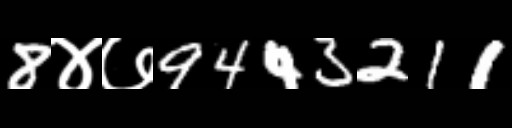
Text: 8४७9443211